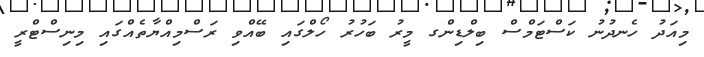
މިއަދު ހެނދުނު ކަސްޓަމްސް ބިލްޑިންގ މީރު ބަހުރު ހޯލްގައި ބޭއްވި ރަސްމިއްޔާތެއްގައި މިނިސްޓްރީ